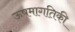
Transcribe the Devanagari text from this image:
ऊषमागतिकी